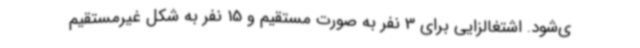
ی‌شود. اشتغالزایی برای 3 نفر به صورت مستقیم و 15 نفر به شکل غیرمستقیم